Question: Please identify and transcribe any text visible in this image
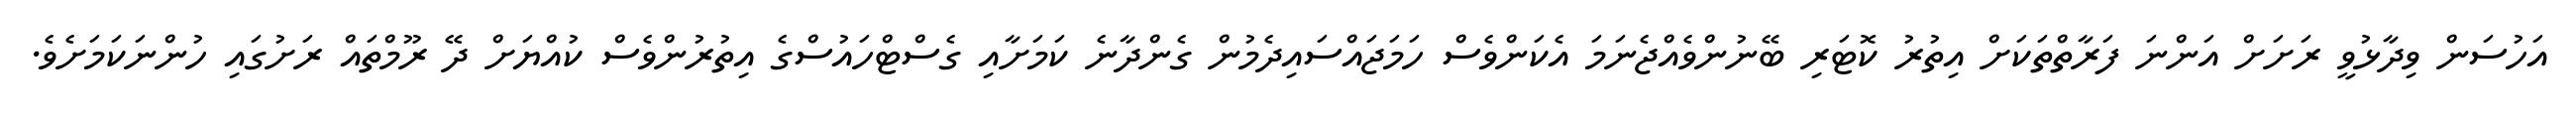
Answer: އަހުސަން ވިދާޅުވީ ރަށަށް އަންނަ ފަރާތްތަކަށް އިތުރު ކޮޓަރި ބޭނުންވެއްޖެނަމަ އެކަންވެސް ހަމަޖައްސައިދެމުން ގެންދާނެ ކަމަށާއި ގެސްޓްހައުސްގެ އިތުރުންވެސް ކުއްޔަށް ދޭ ރޫމްތައް ރަށުގައި ހުންނަކަމަށެވެ.